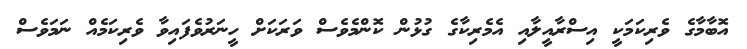
އޮބާމާގެ ވެރިކަމަކީ އިސްރާއީލާއި އެމެރިކާގެ ގުޅުން ކޮންމެވެސް ވަރަކަށް ހީނަރުވެފައިވާ ވެރިކަމެއް ނަމަވެސް